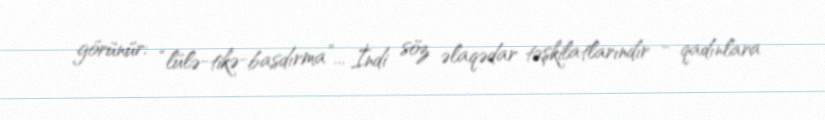
görünür: “lülə-tikə-basdırma”... İndi söz əlaqədar təşkilatlarındır - qadınlara